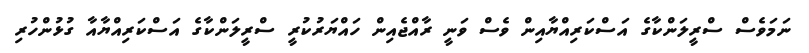
ނަމަވެސް ސްރީލަންކާގެ އަސްކަރިއްޔާއިން ވެސް ވަނީ ރާއްޖެއިން ހައްޔަރުކުރީ ސްރީލަންކާގެ އަސްކަރިއްޔާއާ ގުޅުންހުރި